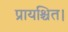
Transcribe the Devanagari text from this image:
प्रायश्चित।